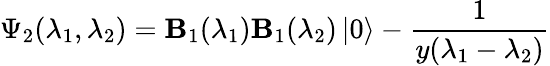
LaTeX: \Psi_{2}(\lambda_{1},\lambda_{2})=\mathbf{B}_{1}(\lambda_{1})\mathbf{B}_{1}(\lambda_{2})\left|0\right\rangle-\frac{{1}}{{y(\lambda_{1}-\lambda_{2})}}